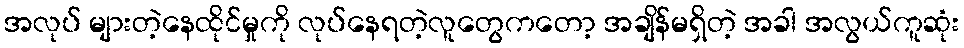
အလုပ် များတဲ့နေထိုင်မှုကို လုပ်နေရတဲ့လူတွေကတော့ အချိန်မရှိတဲ့ အခါ အလွယ်ကူဆုံး